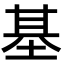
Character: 基